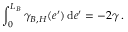
\int _ { 0 } ^ { L _ { B } } \gamma _ { B , H } ( e ^ { \prime } ) \, \mathrm { d } e ^ { \prime } = - 2 \gamma \, .